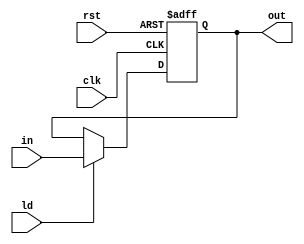
module my_4bit_reg(in, clk, ld, rst, out);
	input clk, rst, ld;
	input [3:0] in;
	output [3:0] out;
	reg [3:0] out;
always @(posedge clk, posedge rst)
	if(rst)
		out = 4'b0000;
	else if(ld)
		out = in;
endmodule